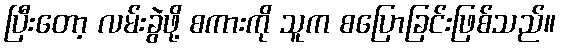
ပြီးတော့ လမ်းခွဲဖို့ စကားကို သူက စပြောခြင်းဖြစ်သည်။